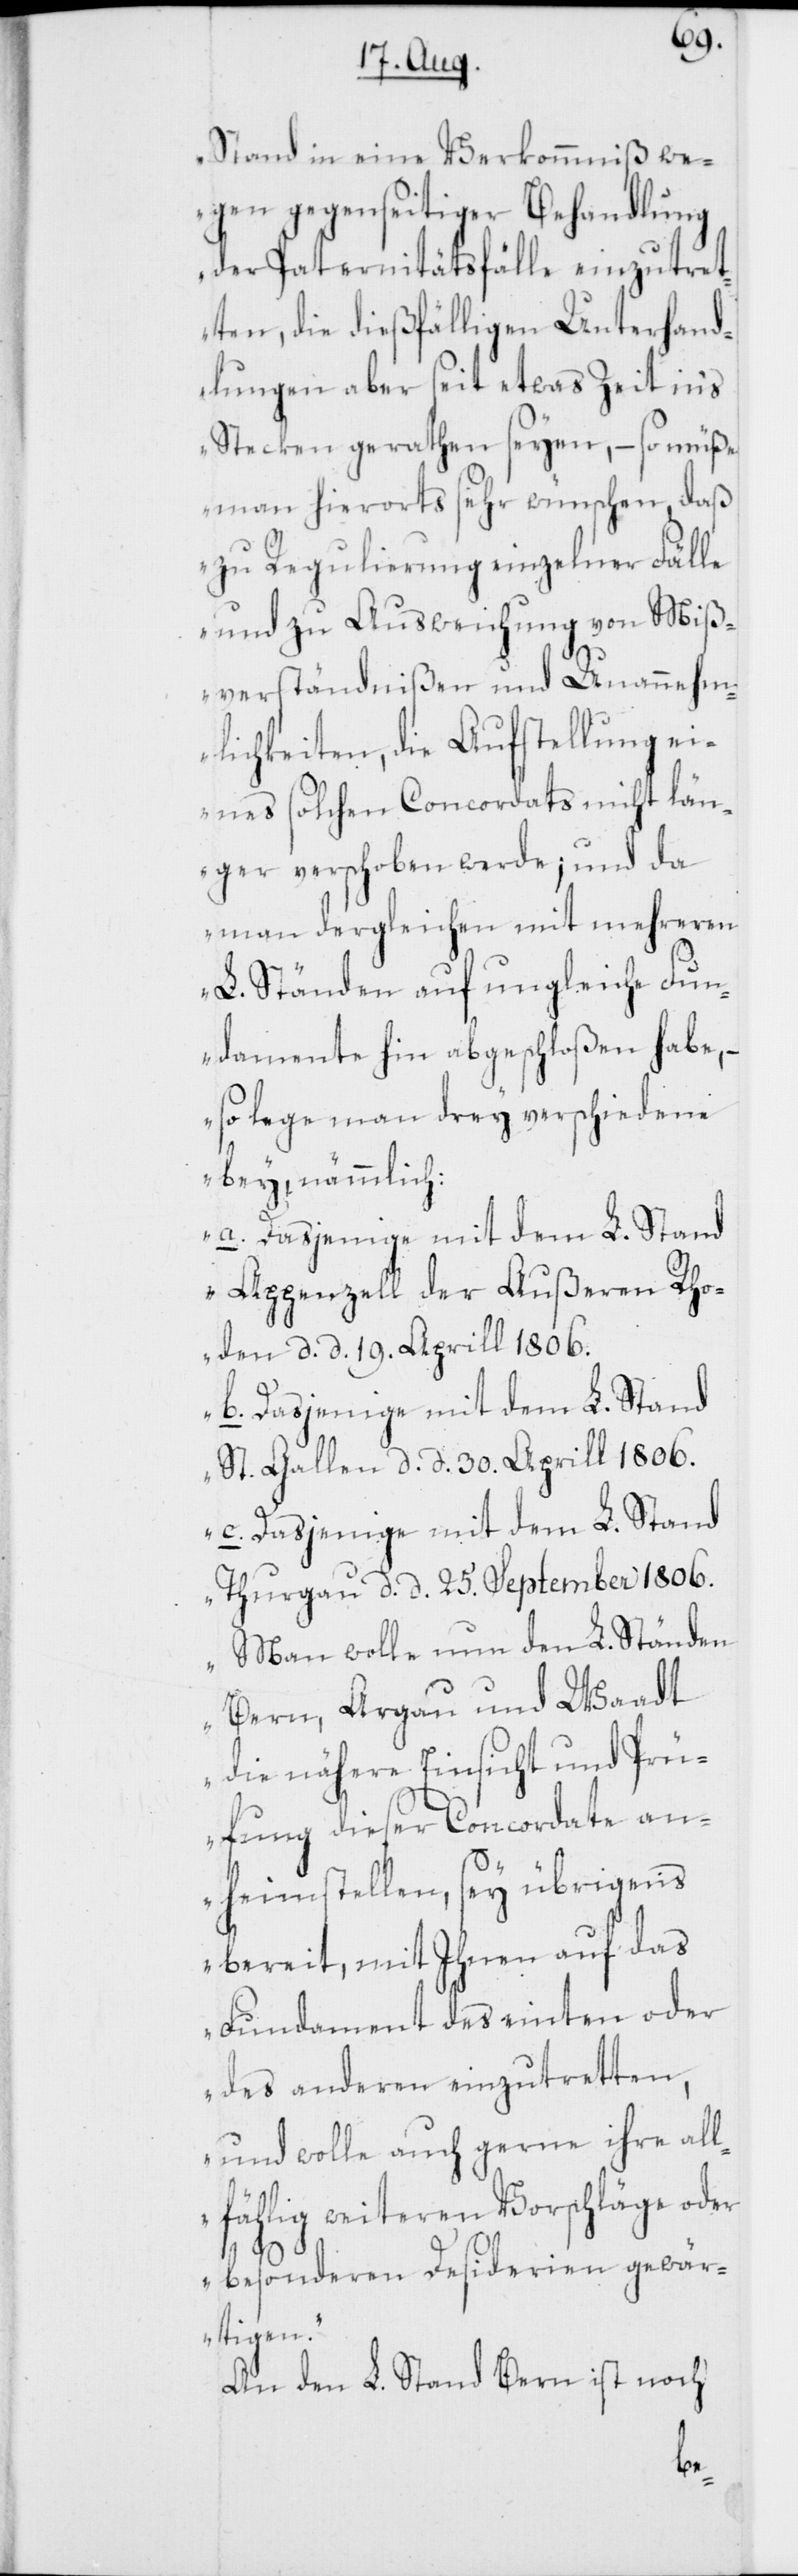
Stand in eine Verkommniß we¬
gen gegenseitiger Behandlung
der Paternitätsfälle einzutret¬
ten, die dießfälligen Unterhand¬
lungen aber seit etwas Zeit in's
Stecken gerathen seyen, – so müße
man hierorts sehr wünschen, daß
zu Regulierung einzelner Fälle
und zu Ausweichung von Miß¬
verständnißen und Unannehm¬
lichkeiten, die Aufstellung ei¬
nes solchen Concordats nicht län¬
ger verschoben werde; und da
man dergleichen mit mehreren
L. Ständen auf ungleiche Fun¬
damente hin abgeschloßen habe, –
so lege man drey verschiedene
bey, nämmlich:
a. Dasjenige mit dem L. Stand
Appenzell der Außeren Rho¬
den d. d. 19. Aprill 1806.
b. Dasjenige mit dem L. Stand
St. Gallen d. d. 30. Aprill 1806.
c. Dasjenige mit dem L. Stand
Thurgau d. d. 25. September 1806.
Man wolle nun den L. Ständen
Bern, Argau und Waadt
die nähere Einsicht und Prü¬
fung dieser Concordate an¬
heimstellen, sey übrigens
bereit, mit Ihnen auf das
Fundament des einten oder
des anderen einzutretten,
und wolle auch gerne ihre all¬
fählig weiteren Vorschläge oder
besonderen Desiderien gewär¬
tigen.“
An den L. Stand Bern ist noch